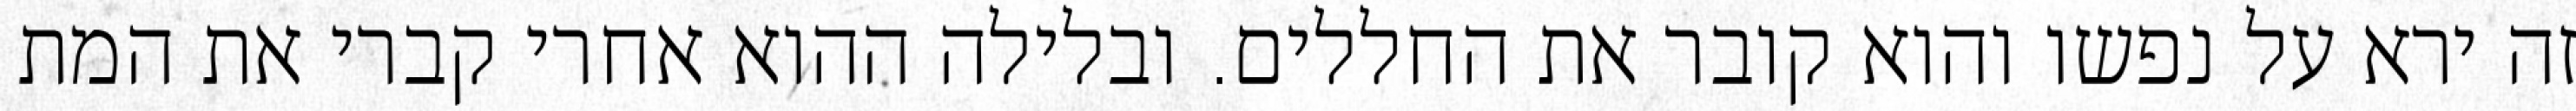
זה ירא על נפשו והוא קובר את החללים. ובלילה ההוא אחרי קברי את המת